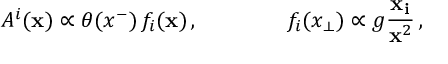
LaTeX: A ^ { i } ( { \bf x } ) \propto \theta ( x ^ { - } ) \, f _ { i } ( { \bf x } ) \, , \qquad \qquad f _ { i } ( x _ { \perp } ) \propto g { \frac { \bf x _ { i } } { { \bf x } ^ { 2 } } } \, ,